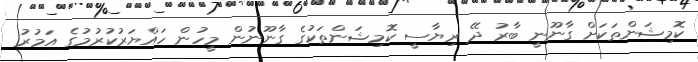
ކޮމިޝަންތަކަށް ގާނޫނީ ބާރު ދޭ ރިޔާސީ ކޮމިޝަންތަކުގެ ގާނޫނުން މީހުން ހައްޔަރުކުރުމުގެ އަމުރު